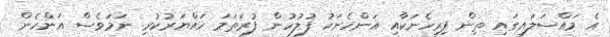
އެ މައްސަލައިގައި ތިން ފިރިހެނަކާއި އަންހެނަކު ފުލުހުން ފުރަތަމަ ހައްޔަރުކުރި ނަމަވެސް އަންހެން